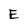
Character: E